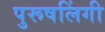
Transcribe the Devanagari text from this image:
पुरूषलिंगी